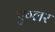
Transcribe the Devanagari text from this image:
एग्लर